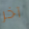
آخر